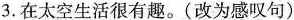
3.在太空生活很有趣。(改为感叹句)